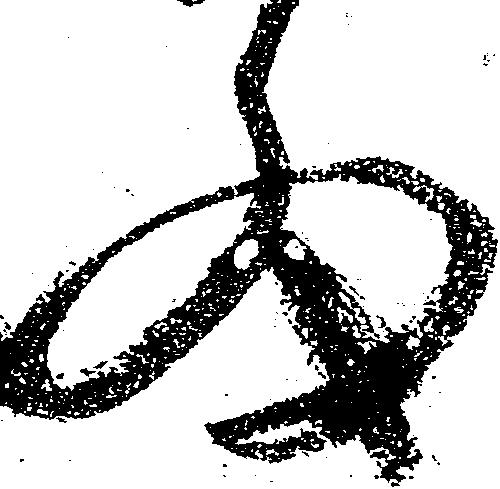
細